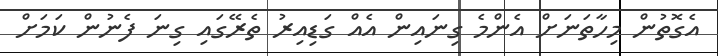
އެގޮތުން މިހާތަނަށް އެންމެ ގިނައިން އެއް ގަޑިއިރު ތެރޭގައި ގިނަ ފެނުން ކަމަށް